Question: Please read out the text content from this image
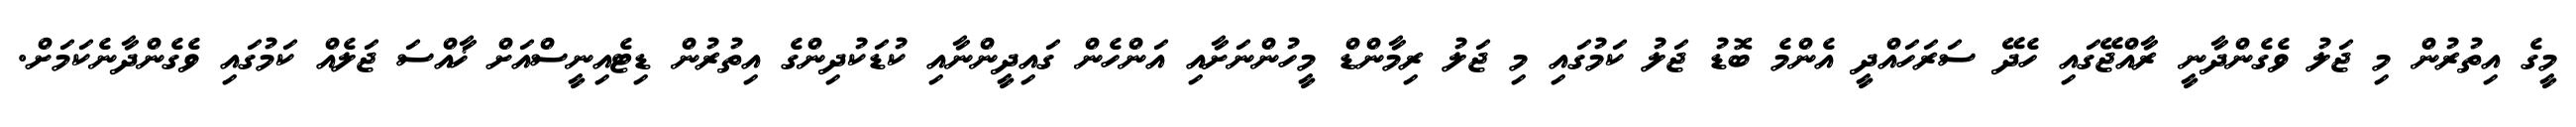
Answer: މީގެ އިތުރުން މި ޖަލު ވެގެންދާނީ ރާއްޖޭގައި ހެދޭ ސަރަހައްދީ އެންމެ ބޮޑު ޖަލު ކަމުގައި މި ޖަލު ރިމާންޑް މީހުންނަށާއި އަންހެން ގައިދީންނާއި ކުޑަކުދިންގެ އިތުރުން ޑިޓެއިނީސްއަށް ޚާއްސަ ޖަލެއް ކަމުގައި ވެގެންދާނެކަމަށް.